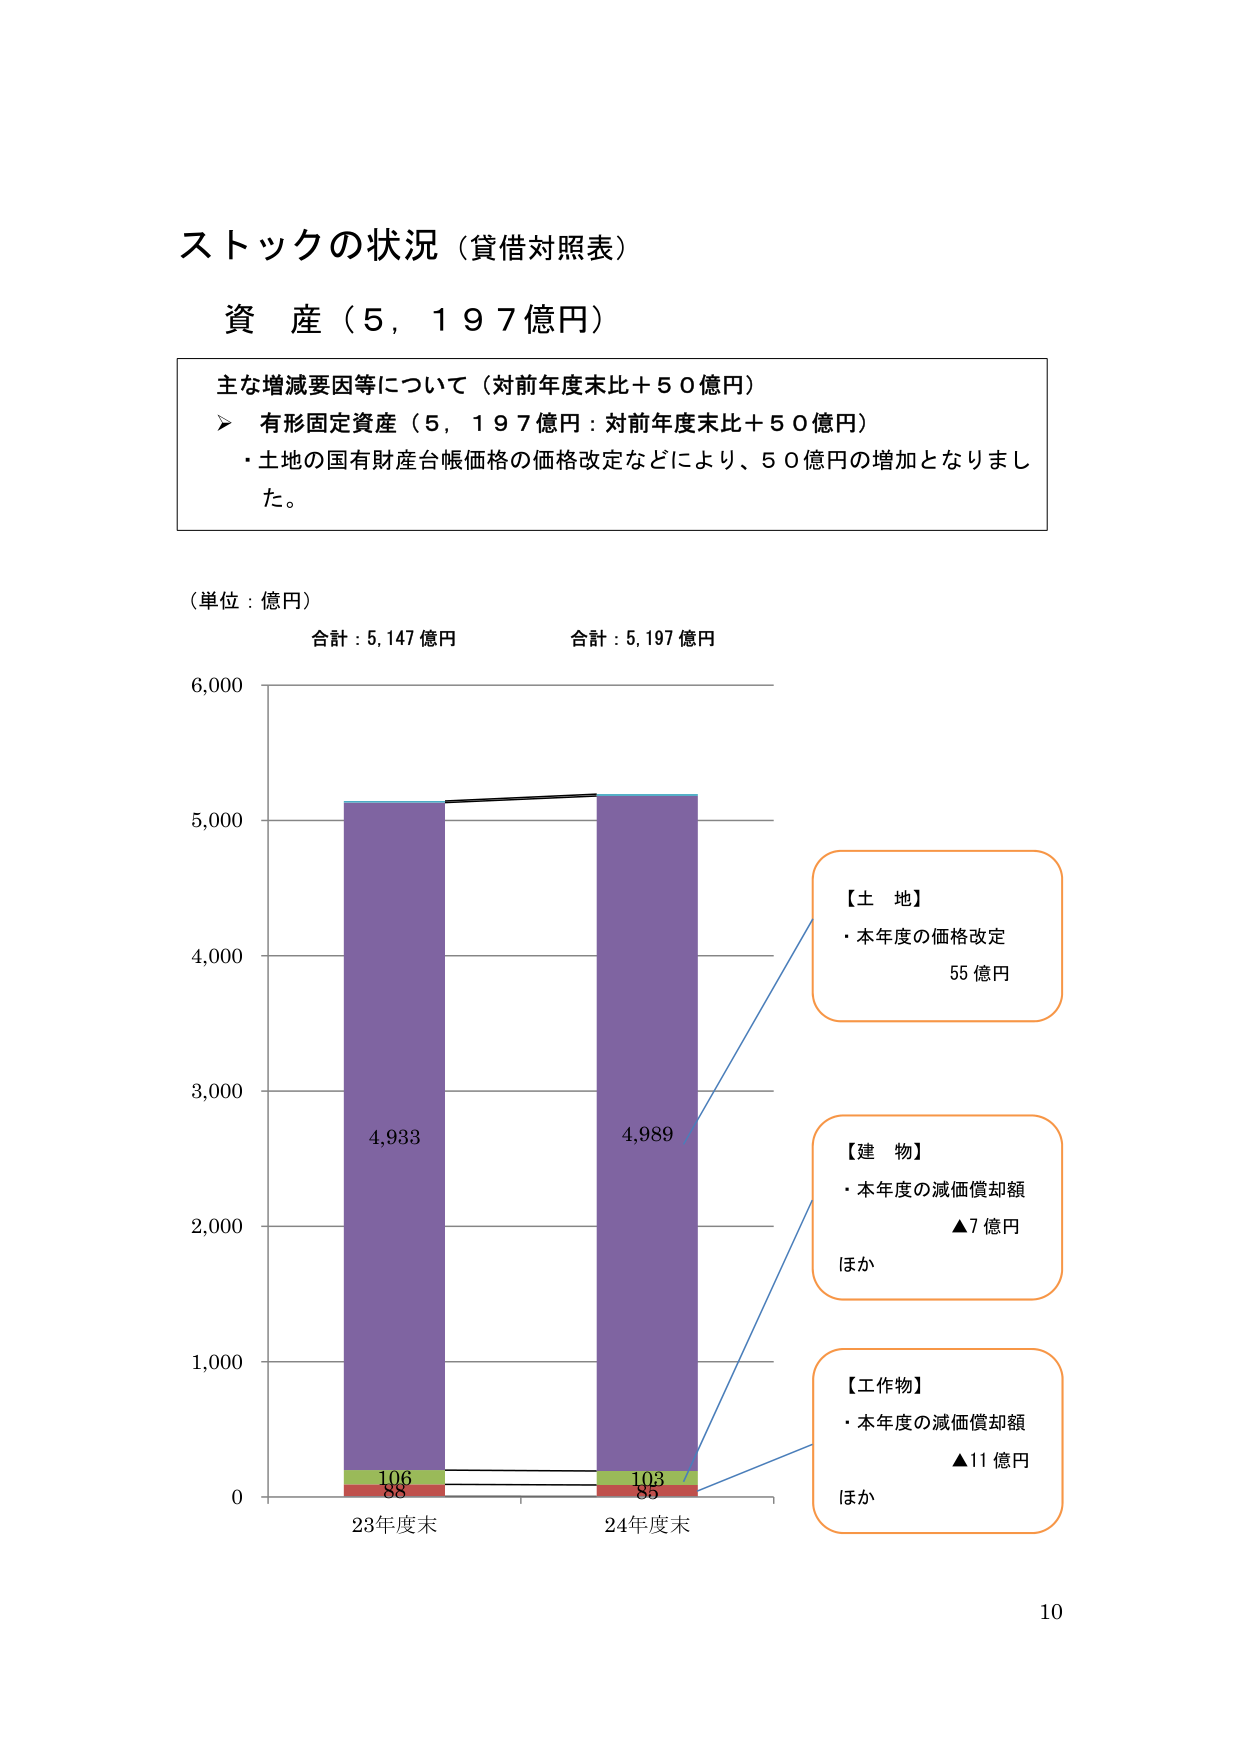
ストックの状況（貸借対照表）
資産（5,197億円）

主な増減要因等について（対前年度末比＋50億円）
➤ 有形固定資産（5,197億円：対前年度末比＋50億円）
・土地の国有財産台帳価格の価格改定などにより、50億円の増加となりました。

（単位：億円）
合計：5,147億円　　　　　合計：5,197億円

6,000
5,000
4,000
3,000
2,000
1,000
0

【土地】
・本年度の価格改定
55億円

【建物】
・本年度の減価償却額
▲7億円
ほか

【工作物】
・本年度の減価償却額
▲11億円
ほか

4,933
106
88

4,989
103
85

23年度末　　　　　24年度末

10